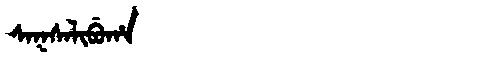
Manchu: ᠰᠠᡴᠰᠠᠯᡳᠪᡠᡥᠠ
Romanization: SAKSALIBUHA